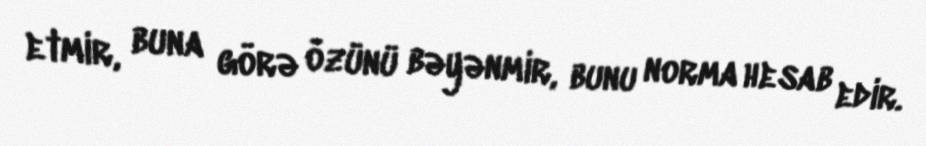
etmir, buna görə özünü bəyənmir, bunu norma hesab edir.